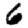
Digit: 6